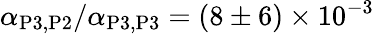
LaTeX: \alpha_{\mathrm{P3},\mathrm{P2}}/\alpha_{\mathrm{P3},\mathrm{P3}}=(8\pm 6)\times 10^{-3}